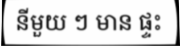
នីមួយ ៗ មាន ផ្ទះ